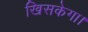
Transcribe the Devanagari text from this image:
खिसकेगा।